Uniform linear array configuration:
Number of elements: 64
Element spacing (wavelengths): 1
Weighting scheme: uniform
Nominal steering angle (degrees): -45
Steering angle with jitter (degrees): -45.696
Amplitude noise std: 0.05
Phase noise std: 0.05

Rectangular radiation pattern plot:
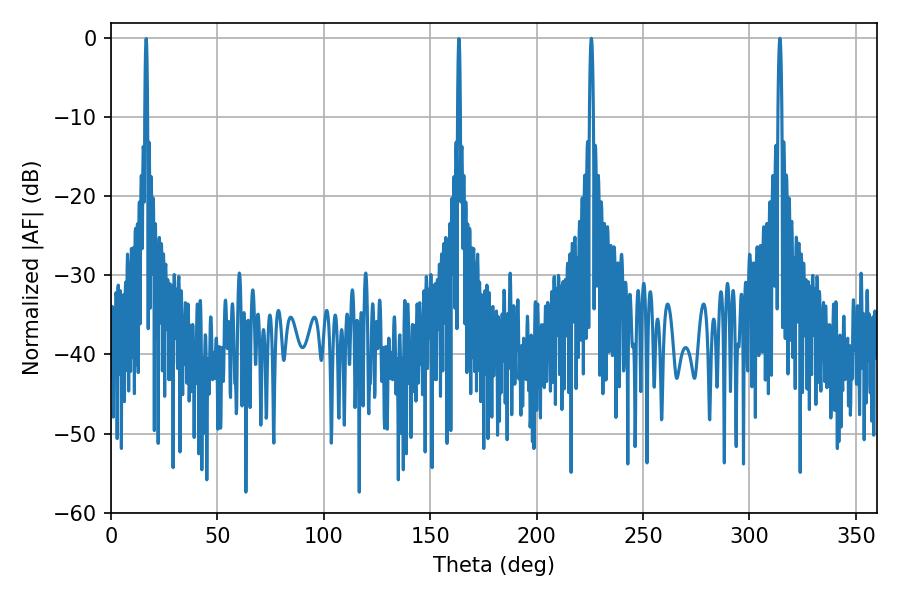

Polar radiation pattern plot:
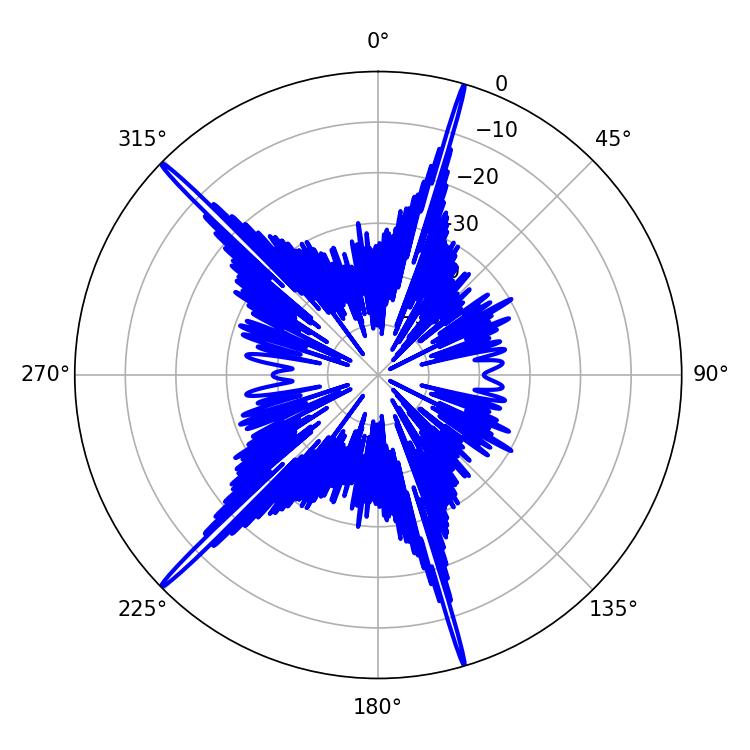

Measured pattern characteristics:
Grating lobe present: TRUE
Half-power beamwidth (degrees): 1.08
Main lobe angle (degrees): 225.72